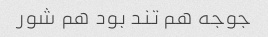
جوجه هم تند بود هم شور